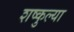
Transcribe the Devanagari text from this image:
शष्कुल्या